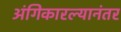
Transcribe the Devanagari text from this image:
अंगिकारल्यानंतर